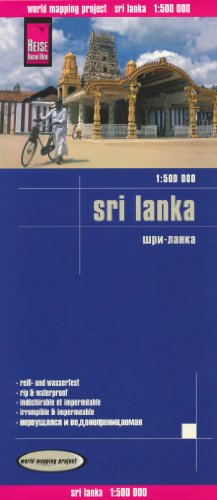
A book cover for Sri Lanka (Ceylon) 1:500 000 Travel Map, waterproof, GPS-compatible, REISE, 2014 edition; Reise Knowhow; Travel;